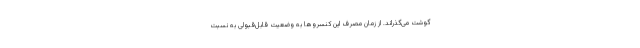
گوشت می‌گذراند. از زمان مصرف این کنسروها به وضعیت قابل‌قبولی به نسبت